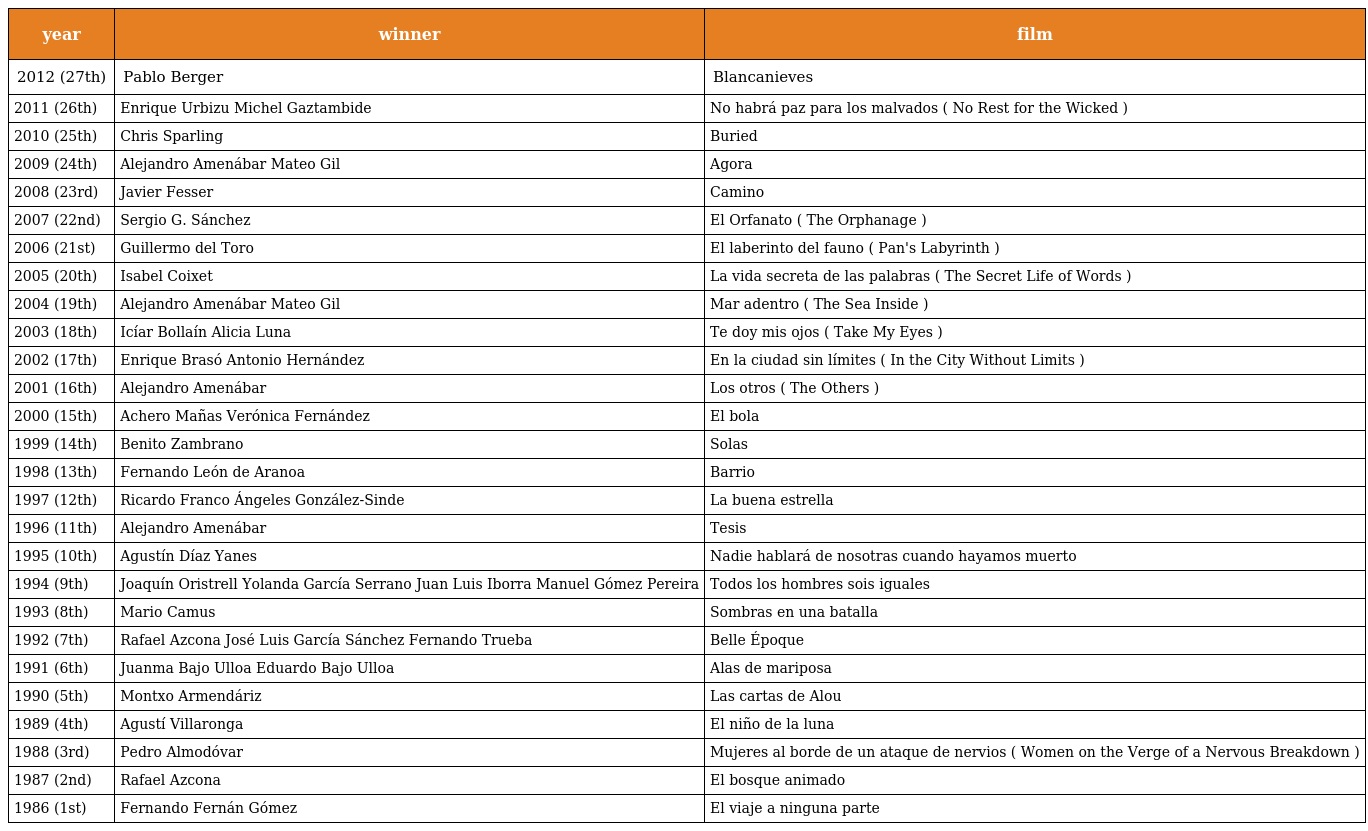
| year | winner | film |
 | --- | --- | --- |
 | 2012 (27th) | Pablo Berger | Blancanieves |
 | 2011 (26th) | Enrique Urbizu Michel Gaztambide | No habrá paz para los malvados ( No Rest for the Wicked ) |
 | 2010 (25th) | Chris Sparling | Buried |
 | 2009 (24th) | Alejandro Amenábar Mateo Gil | Agora |
 | 2008 (23rd) | Javier Fesser | Camino |
 | 2007 (22nd) | Sergio G. Sánchez | El Orfanato ( The Orphanage ) |
 | 2006 (21st) | Guillermo del Toro | El laberinto del fauno ( Pan's Labyrinth ) |
 | 2005 (20th) | Isabel Coixet | La vida secreta de las palabras ( The Secret Life of Words ) |
 | 2004 (19th) | Alejandro Amenábar Mateo Gil | Mar adentro ( The Sea Inside ) |
 | 2003 (18th) | Icíar Bollaín Alicia Luna | Te doy mis ojos ( Take My Eyes ) |
 | 2002 (17th) | Enrique Brasó Antonio Hernández | En la ciudad sin límites ( In the City Without Limits ) |
 | 2001 (16th) | Alejandro Amenábar | Los otros ( The Others ) |
 | 2000 (15th) | Achero Mañas Verónica Fernández | El bola |
 | 1999 (14th) | Benito Zambrano | Solas |
 | 1998 (13th) | Fernando León de Aranoa | Barrio |
 | 1997 (12th) | Ricardo Franco Ángeles González-Sinde | La buena estrella |
 | 1996 (11th) | Alejandro Amenábar | Tesis |
 | 1995 (10th) | Agustín Díaz Yanes | Nadie hablará de nosotras cuando hayamos muerto |
 | 1994 (9th) | Joaquín Oristrell Yolanda García Serrano Juan Luis Iborra Manuel Gómez Pereira | Todos los hombres sois iguales |
 | 1993 (8th) | Mario Camus | Sombras en una batalla |
 | 1992 (7th) | Rafael Azcona José Luis García Sánchez Fernando Trueba | Belle Époque |
 | 1991 (6th) | Juanma Bajo Ulloa Eduardo Bajo Ulloa | Alas de mariposa |
 | 1990 (5th) | Montxo Armendáriz | Las cartas de Alou |
 | 1989 (4th) | Agustí Villaronga | El niño de la luna |
 | 1988 (3rd) | Pedro Almodóvar | Mujeres al borde de un ataque de nervios ( Women on the Verge of a Nervous Breakdown ) |
 | 1987 (2nd) | Rafael Azcona | El bosque animado |
 | 1986 (1st) | Fernando Fernán Gómez | El viaje a ninguna parte |